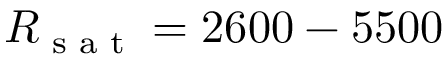
R _ { \textrm { s a t } } = 2 6 0 0 - 5 5 0 0